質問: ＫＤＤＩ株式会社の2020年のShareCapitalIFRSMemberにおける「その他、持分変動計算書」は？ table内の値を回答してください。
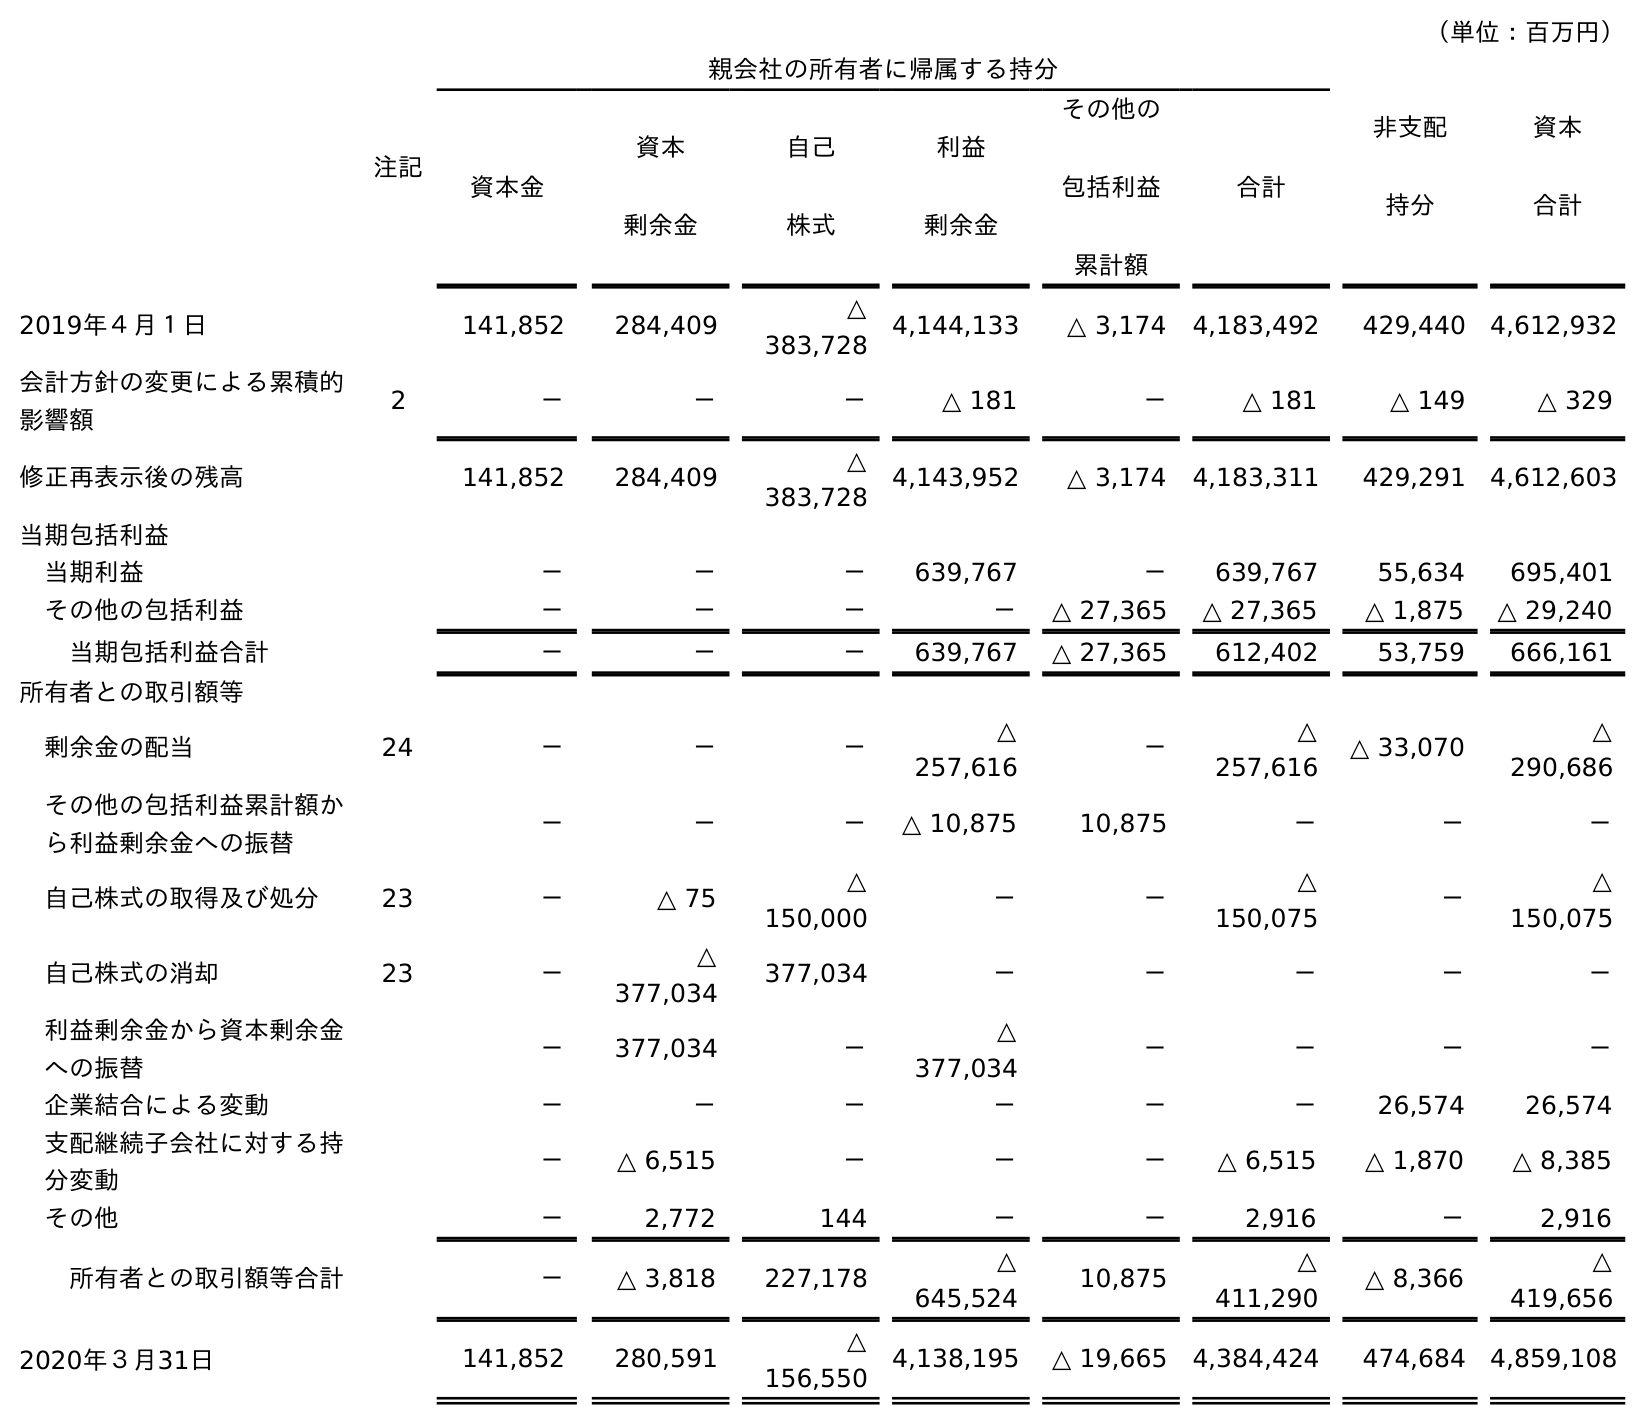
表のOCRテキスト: （単位：百万円） 注記 親会社の所有者に帰属する持分 非支配 持分 資本 合計 資本金 資本 剰余金 自己 株式 利益 剰余金 その他の 包括利益 累計額 合計 2019年４月１日 141,852 284,409 △ 383,728 4,144,133 △ 3,174 4,183,492 429,440 4,612,932 会計方針の変更による累積的 影響額 2 － － － △ 181 － △ 181 △ 149 △ 329 修正再表示後の残高 141,852 284,409 △ 383,728 4,143,952 △ 3,174 4,183,311 429,291 4,612,603 当期包括利益 当期利益 － － － 639,767 － 639,767 55,634 695,401 その他の包括利益 － － － － △ 27,365 △ 27,365 △ 1,875 △ 29,240 当期包括利益合計 － － － 639,767 △ 27,365 612,402 53,759 666,161 所有者との取引額等 剰余金の配当 24 － － － △ 257,616 － △ 257,616 △ 33,070 △ 290,686 その他の包括利益累計額か ら利益剰余金への振替 － － － △ 10,875 10,875 － － － 自己株式の取得及び処分 23 － △ 75 △ 150,000 － － △ 150,075 － △ 150,075 自己株式の消却 23 － △ 377,034 377,034 － － － － － 利益剰余金から資本剰余金 への振替 － 377,034 － △ 377,034 － － － － 企業結合による変動 － － － － － － 26,574 26,574 支配継続子会社に対する持 分変動 － △ 6,515 － － － △ 6,515 △ 1,870 △ 8,385 その他 － 2,772 144 － － 2,916 － 2,916 所有者との取引額等合計 － △ 3,818 227,178 △ 645,524 10,875 △ 411,290 △ 8,366 △ 419,656 2020年３月31日 141,852 280,591 △ 156,550 4,138,195 △ 19,665 4,384,424 474,684 4,859,108
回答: －